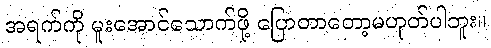
အရက်ကို မူးအောင်သောက်ဖို့ ပြောတာတော့မဟုတ်ပါဘူး။